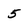
Character: 5